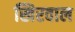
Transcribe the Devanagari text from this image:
खिरवाल